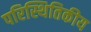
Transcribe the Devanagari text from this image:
परिस्थितिकीय